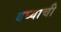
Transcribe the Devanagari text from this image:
बघ्याची